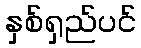
နှစ်ရှည်ပင်